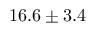
1 6 . 6 \pm 3 . 4